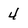
Character: 4